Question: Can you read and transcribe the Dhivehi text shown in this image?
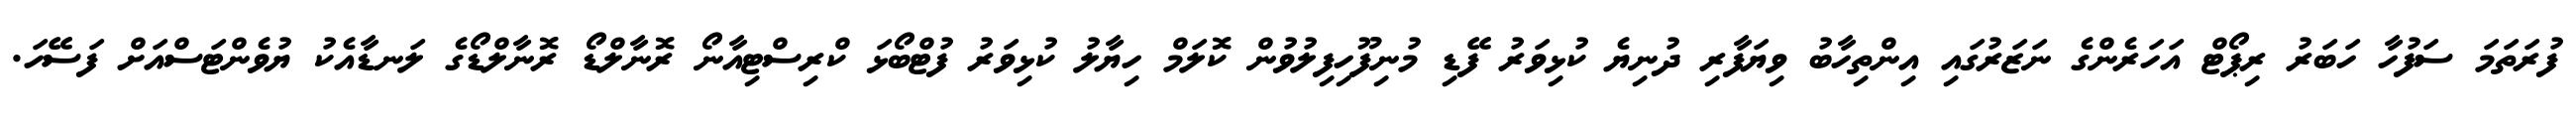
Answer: ފުރަތަމަ ސަފުހާ ހަބަރު ރިޕޯޓް އަހަރެންގެ ނަޒަރުގައި އިންތިހާބު ވިޔަފާރި ދުނިޔެ ކުޅިވަރު ފޭޑި މުނިފޫހިފިލުވުން ކޮލަމް ހިޔާލު ކުޅިވަރު ފުޓްބޯޅަ ކްރިސްޓިއާނޯ ރޮނާލްޑޯ ރޮނާލްޑޯގެ ލަނޑާއެކު ޔުވެންޓަސްއަށް ފަސޭހަ.